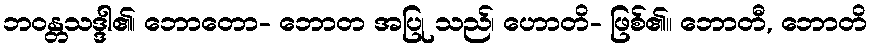
ဘဝန္တသဒ္ဒါ၏၊ ဘောတော- ဘောတ အပြု သည်၊ ဟောတိ- ဖြစ်၏။ ဘောတီ, ဘောတိ